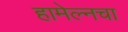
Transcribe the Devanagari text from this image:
हामेल्नचा